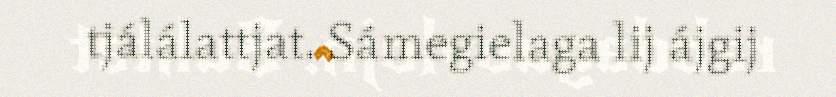
tjálálattjat. Sámegielaga lij ájgij